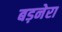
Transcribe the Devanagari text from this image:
बड़नेरा